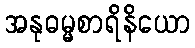
အနုဓမ္မစာရိနိယော